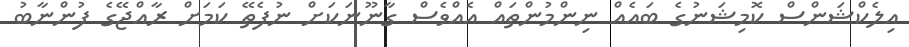
އިލެކްޝަންސް ކޮމިޝަނުގެ ބައެއް ނިންމުންތައް އެއްވެސް ގާނޫނަކަށް ނުފެތޭ ކަމަށް ރާއްޖޭގެ ފުންނާބު